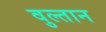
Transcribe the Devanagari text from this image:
वुल्तान